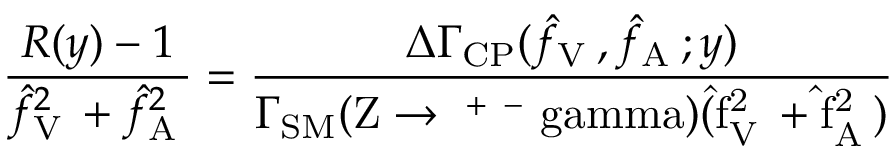
{ \frac { R ( y ) - 1 } { \hat { f } _ { \mathrm { V \ell } } ^ { 2 } + \hat { f } _ { \mathrm { A \ell } } ^ { 2 } } } = { \frac { \Delta \Gamma _ { \mathrm { C P } } ( \hat { f } _ { \mathrm { V \ell } } , \hat { f } _ { \mathrm { A \ell } } ; y ) } { \Gamma _ { \mathrm { S M } } ( \mathrm { Z \to \ell ^ { + } \ell ^ { - } \ g a m m a ) ( \hat { f } _ { \mathrm { V \ell } } ^ { 2 } + \hat { f } _ { \mathrm { A \ell } } ^ { 2 } ) } } }